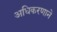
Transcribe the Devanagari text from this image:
अधिकरणाने